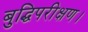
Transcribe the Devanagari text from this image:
बुद्धिपरीक्षण।